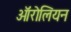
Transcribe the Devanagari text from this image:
ऑरोलियन